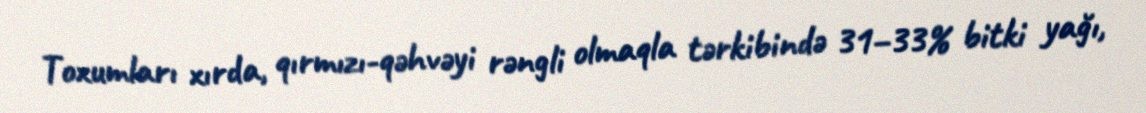
Toxumları xırda, qırmızı-qəhvəyi rəngli olmaqla tərkibində 31–33% bitki yağı,